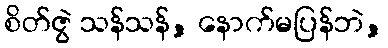
စိတ်ဇွဲ သန်သန်, နောက်မပြန်ဘဲ,